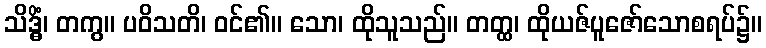
သိဒ္ဓိံ၊ တကွ။ ပဝိသတိ၊ ဝင်၏။ သော၊ ထိုသူသည်။ တတ္ထ၊ ထိုယဇ်ပူဇော်သောစရပ်၌။